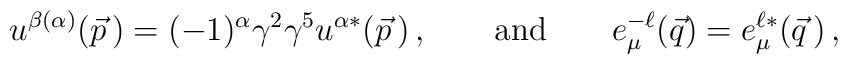
u^{\beta(\alpha)}(\vec{p}\,) = (-1)^\alpha \gamma^2 \gamma^5 u^{\alpha*}(\vec{p}\,) \,, \qquad {\rm and} \qquad     e^{-\ell}_\mu(\vec{q}) = e^{\ell *}_\mu(\vec{q}\,) \,,